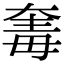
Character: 𣫵